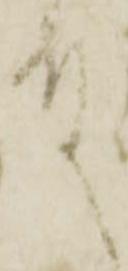
殿